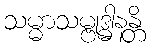
သမ္မာသမ္ဗုဒ္ဓါနန္တိ